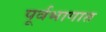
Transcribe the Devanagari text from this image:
पूर्वभागात